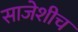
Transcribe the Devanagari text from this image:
साजेशीच